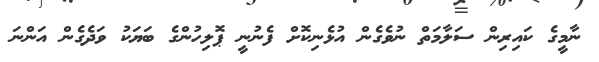
ނާމީގެ ކައިރިން ސަލާމަތް ނުވެގެން އުޅެނިކޮށް ފެނުނީ ޕޮލިހުންގެ ބަޔަކު ވަދެގެން އަންނަ